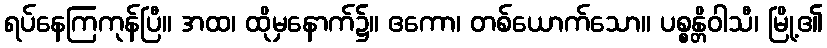
ရပ်နေကြကုန်ပြီ။ အထ၊ ထိုမှနောက်၌။ ဧကော၊ တစ်ယောက်သော။ ပစ္စန္တိဝါသီ၊ မြို့၏